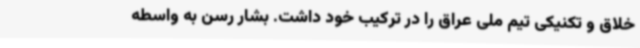
خلاق و تکنیکی تیم ملی عراق را در ترکیب خود داشت. بشار رسن به واسطه